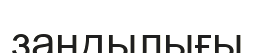
заңдылығы